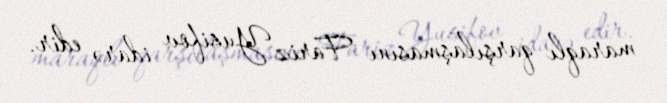
maraqlı qarşılaşmasını Fariz Yusifov idarə edir.